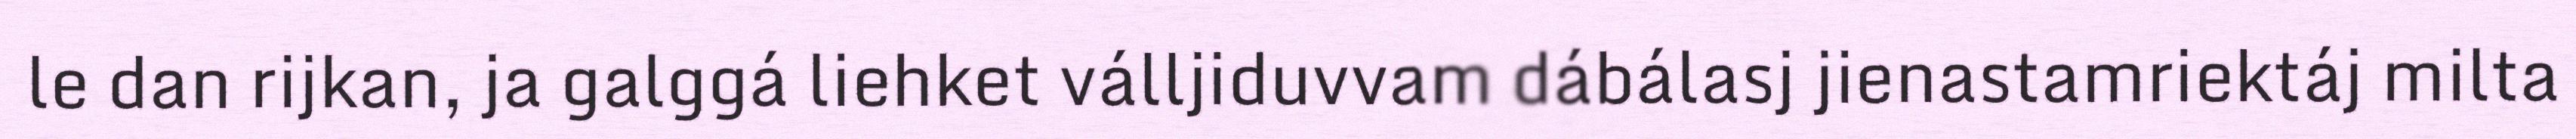
le dan rijkan, ja galggá liehket válljiduvvam dábálasj jienastamriektáj milta